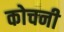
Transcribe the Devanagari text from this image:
कोचनी